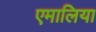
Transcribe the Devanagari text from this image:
एमालिया